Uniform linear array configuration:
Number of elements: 64
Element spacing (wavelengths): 0.75
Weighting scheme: binomial
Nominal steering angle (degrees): -60
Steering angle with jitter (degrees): -60.697
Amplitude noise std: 0.05
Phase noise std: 0.05

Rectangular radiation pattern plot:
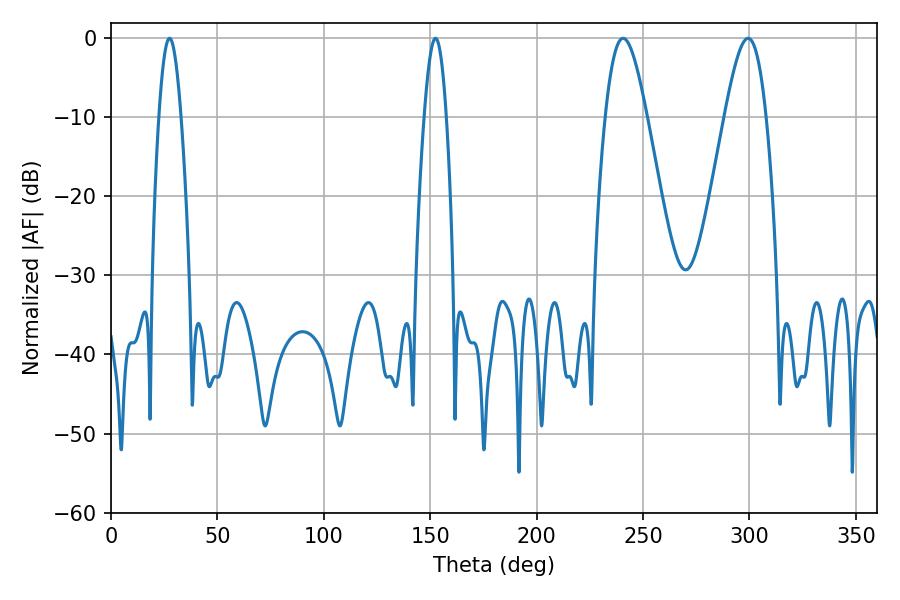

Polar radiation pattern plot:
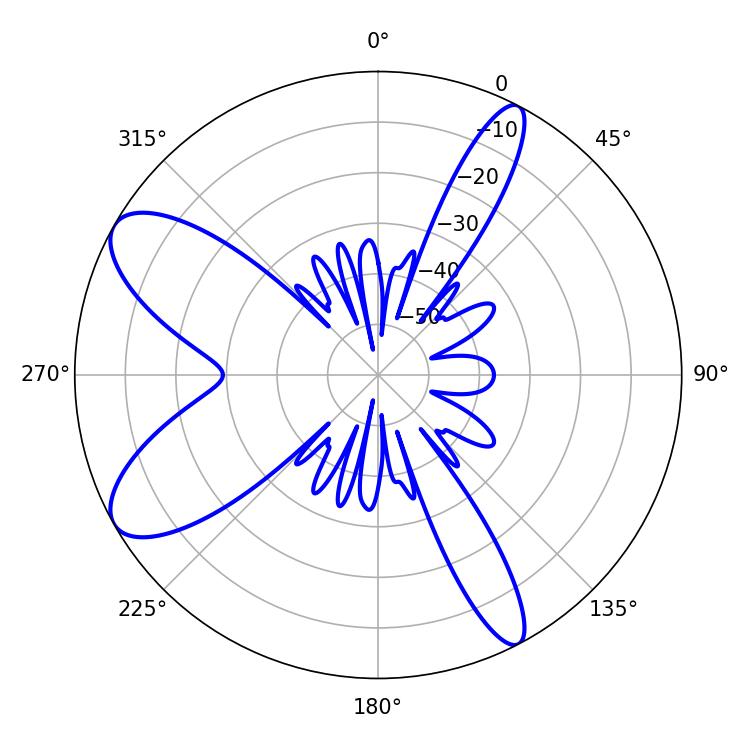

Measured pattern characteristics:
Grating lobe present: TRUE
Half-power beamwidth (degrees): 10.44
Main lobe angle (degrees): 240.66